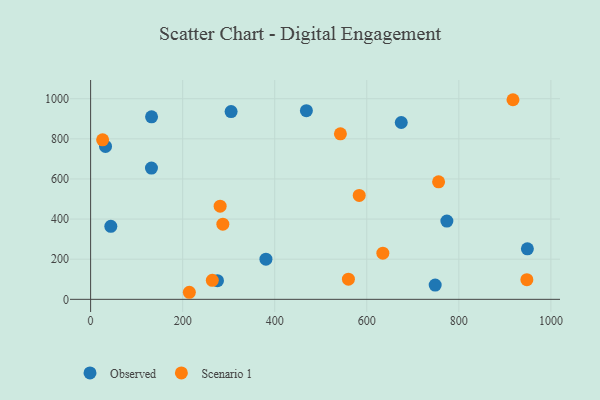
{"axis": {"x": "Study Hours", "y": "Salary"}, "legend": ["Observed", "Scenario 1"], "data": [{"x": "275.6", "y": 93.1, "type": "Observed"}, {"x": "132.2", "y": 654.5, "type": "Observed"}, {"x": "748.6", "y": 70.9, "type": "Observed"}, {"x": "774.0", "y": 389.9, "type": "Observed"}, {"x": "132.4", "y": 910.0, "type": "Observed"}, {"x": "305.2", "y": 935.7, "type": "Observed"}, {"x": "43.9", "y": 364.1, "type": "Observed"}, {"x": "380.9", "y": 200.1, "type": "Observed"}, {"x": "468.8", "y": 940.5, "type": "Observed"}, {"x": "948.9", "y": 251.6, "type": "Observed"}, {"x": "674.9", "y": 881.4, "type": "Observed"}, {"x": "32.4", "y": 762.3, "type": "Observed"}, {"x": "756.0", "y": 585.7, "type": "Scenario 1"}, {"x": "583.6", "y": 517.8, "type": "Scenario 1"}, {"x": "542.7", "y": 824.8, "type": "Scenario 1"}, {"x": "634.9", "y": 230.1, "type": "Scenario 1"}, {"x": "287.3", "y": 374.5, "type": "Scenario 1"}, {"x": "26.1", "y": 795.0, "type": "Scenario 1"}, {"x": "264.4", "y": 94.9, "type": "Scenario 1"}, {"x": "560.1", "y": 100.5, "type": "Scenario 1"}, {"x": "281.4", "y": 464.4, "type": "Scenario 1"}, {"x": "214.5", "y": 35.2, "type": "Scenario 1"}, {"x": "947.8", "y": 97.8, "type": "Scenario 1"}, {"x": "917.6", "y": 995.0, "type": "Scenario 1"}]}